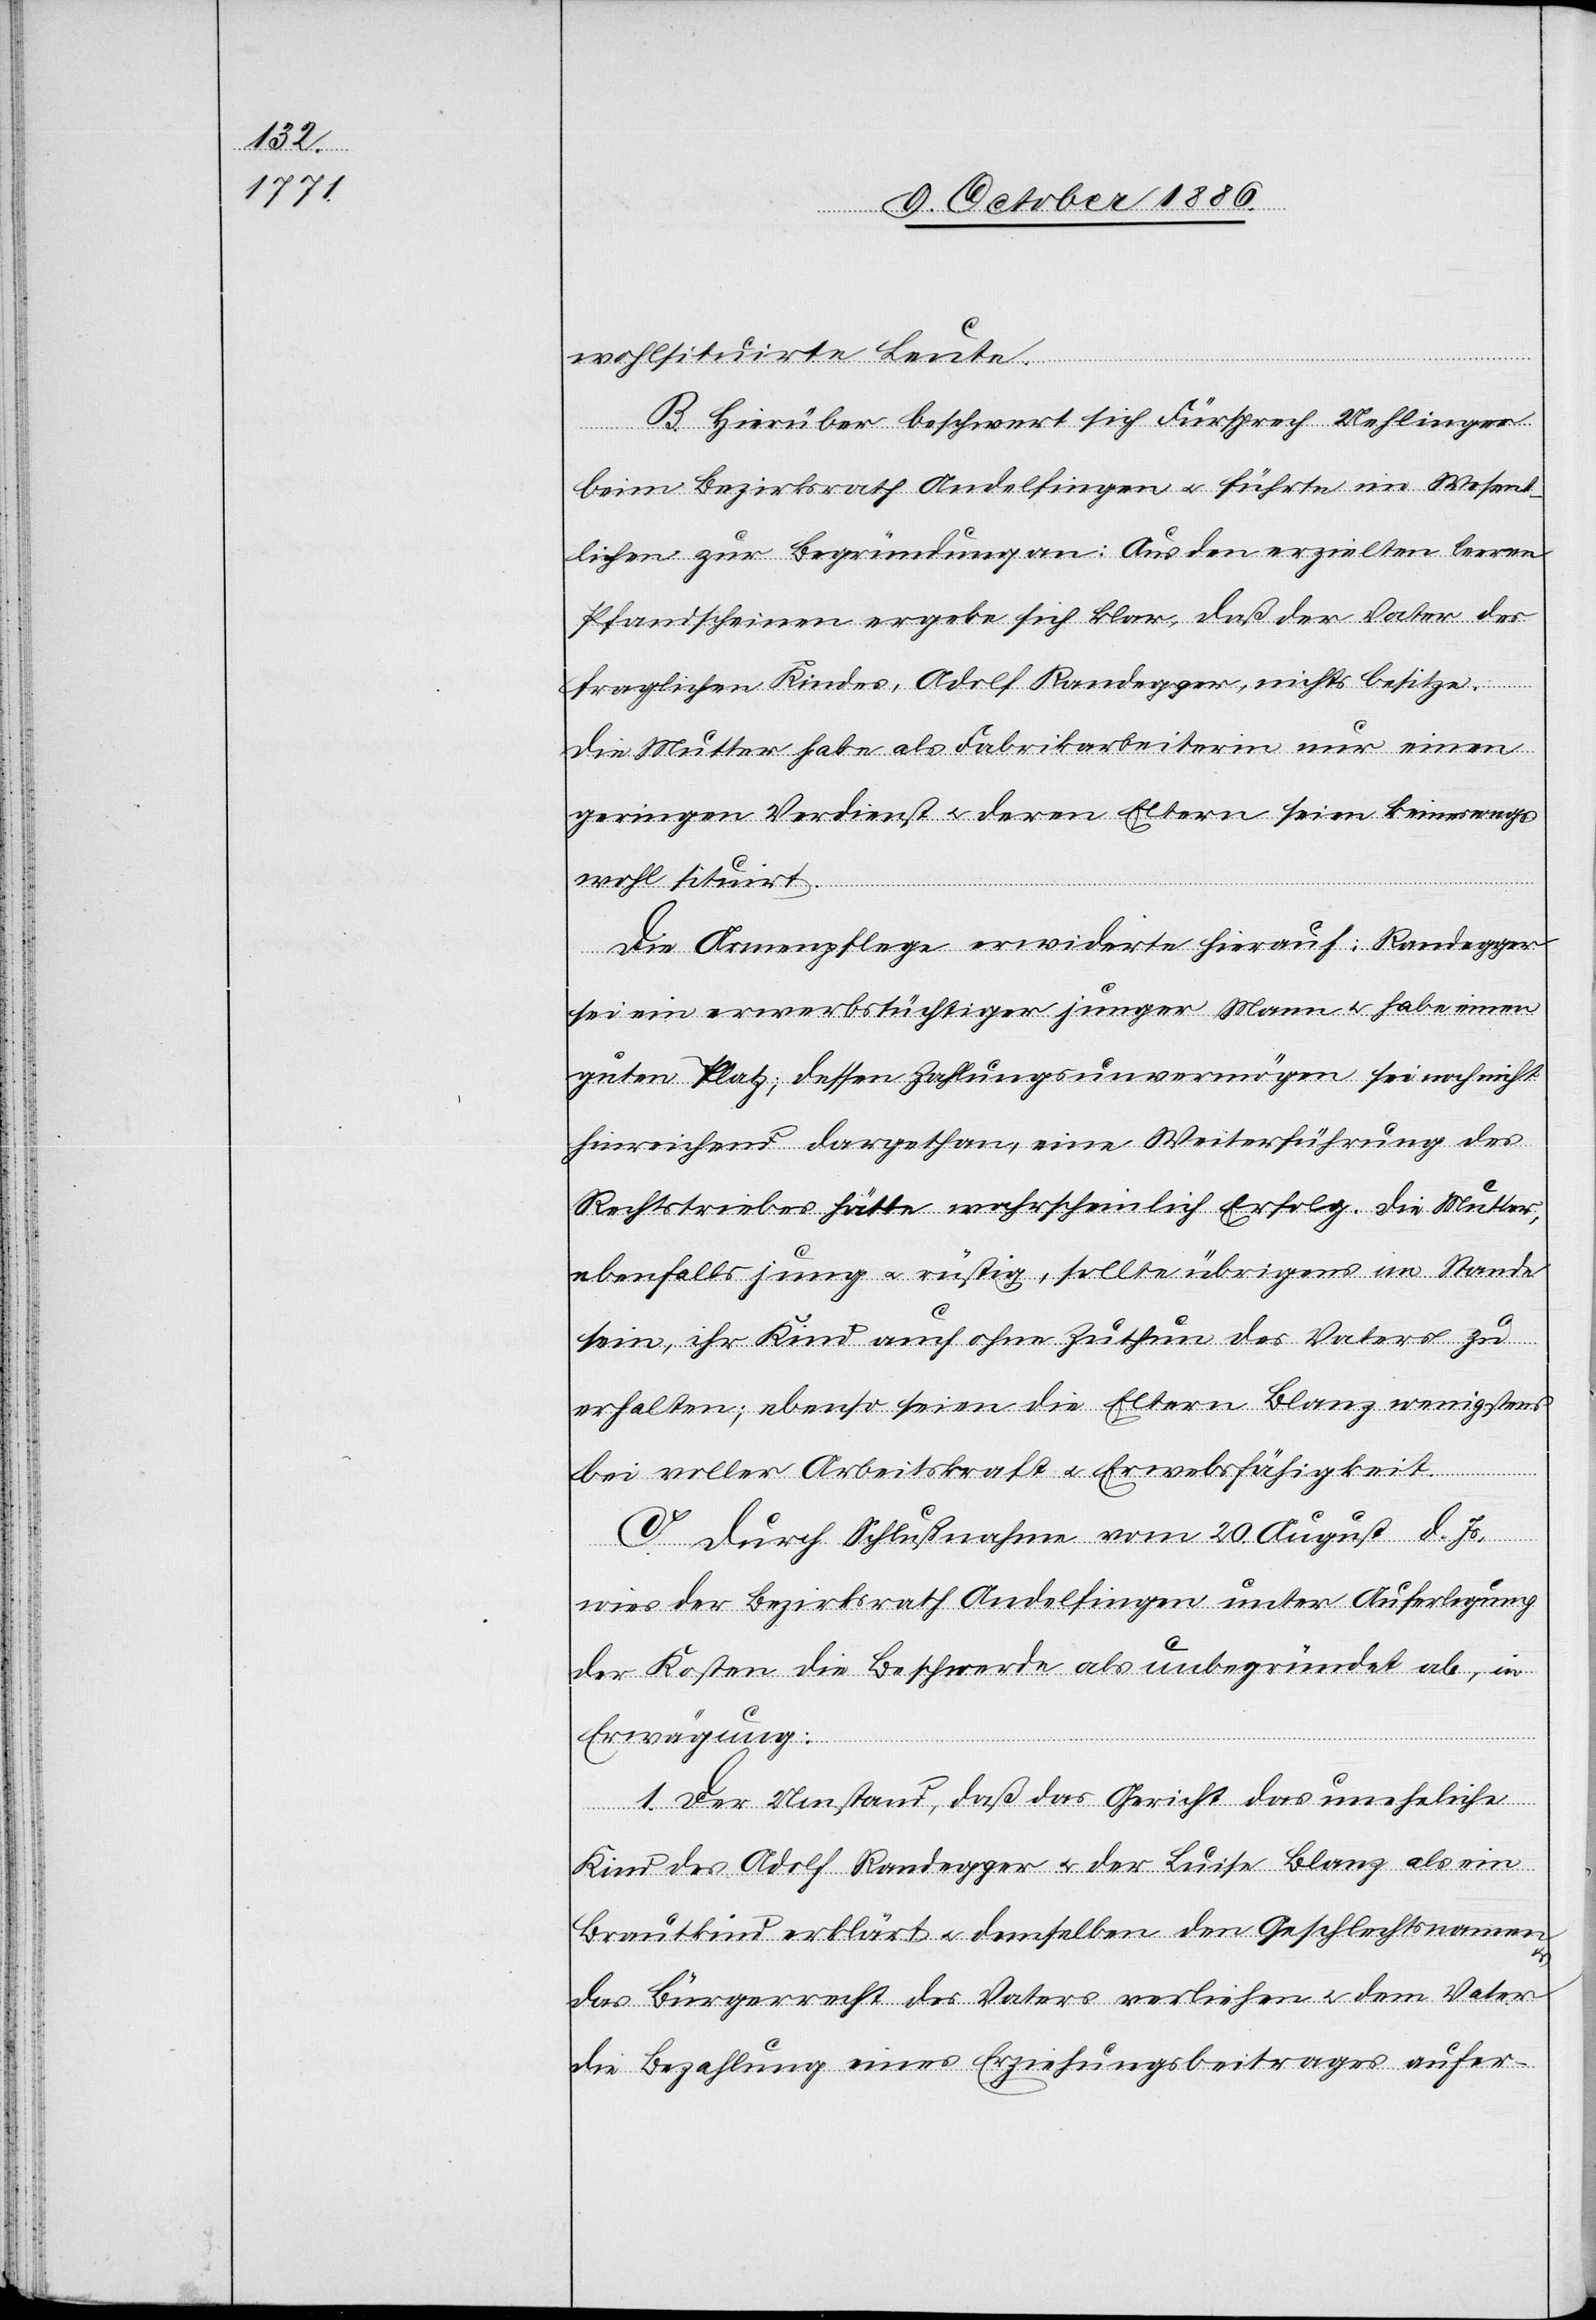
wohlsituirte Leute.
B. Hierüber beschwert sich Fürsprech Uehlinger
beim Bezirksrath Andelfingen & führte im Wesent¬
lichen zur Begründung an: Aus den erzielten leeren
Pfandscheinen ergebe sich klar, daß der Vater des
fraglichen Kindes, Adolf Randegger, nichts besitze.
Die Mutter habe als Fabrikarbeiterin nur einen
geringen Verdienst & deren Eltern seien keineswegs
wohl situirt.
Die Armenpflege erwiderte hierauf: Randegger
sei ein erwerbstüchtiger junger Mann & habe immer
guten Platz; dessen Zahlungsunvermögen sei noch nicht
hinreichend dargethan, eine Weiterführung des
Rechtstriebes hätte wahrscheinlich Erfolg. Die Mutter,
ebenfalls jung & rüstig, sollte übrigens im Stande
sein, ihr Kind auch ohne Zuthun des Vaters zu
erhalten; ebenso seien die Eltern Blanz wenigstens
bei voller Arbeitskraft & Erwe[r]bsfähigkeit.
C. Durch Schlußnahme vom 20. August d. Js.
wies der Bezirksrath Andelfingen unter Auferlegung
der Kosten die Beschwerde als unbegründet ab, in
Erwägung:
1. Der Umstand, daß das Gericht das uneheliche
Kind das Adolf Randegger & der Luise Blanz als ein
Brautkind erklärt & demselben den Geschlechtsnamen
das Bürgerrecht des Vaters verliehen & dem Vater
die Bezahlung eines Erziehungsbeitrages aufer-